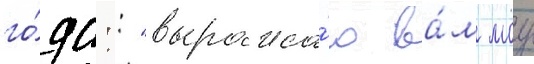
го́да:: "выража́ю ва́м моу